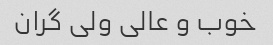
خوب و عالی ولی گران